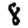
Digit: 8